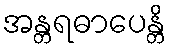
အန္တရဓာပေန္တိ